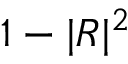
1 - | R | ^ { 2 }